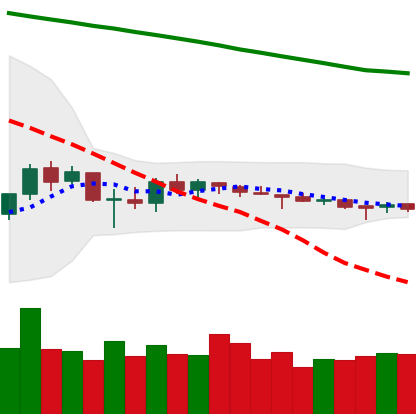
Ticker: ETC-USD
Chart end date: 2018-10-09
Forward return: -13.635%
Label: down_7plus